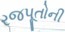
રજપૂતોની